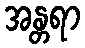
အန္တရာ